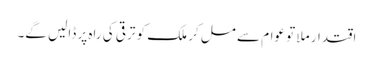
اقتدار ملا تو عوام سے مل کر ملک کو ترقی کی راہ پر ڈالیں گے۔